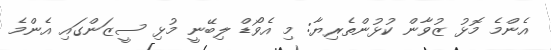
އެންމެ މޮޅު ޒުވާން ކުޅުންތެރިޔާ: މި އެވޯޑް ލިބޭނީ މުޅި ސީޒަންގައި އެންމެ